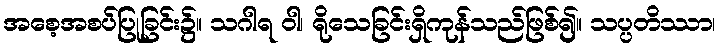
အစေ့အစပ်ပြုခြင်း၌။ သဂါရ ဝါ၊ ရိုသေခြင်းရှိကုန်သည်ဖြစ်၍။ သပ္ပတိဿာ၊